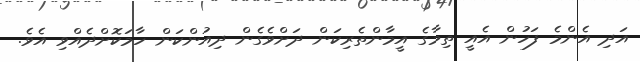
އަދި އެންމެ ފަހުން އެއީ ތިމާގެ އީމާންތެރިކަން ދަށްވެގެން ދިއުންކަން ހާމަކޮށްދެއްވި އެވެ.